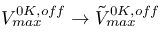
V _ { m a x } ^ { 0 K , o f f } \to \tilde { V } _ { m a x } ^ { 0 K , o f f }